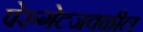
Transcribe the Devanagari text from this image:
पेरुगेटजवळील